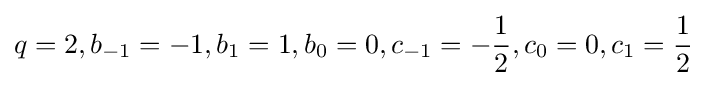
q=2,b_{-1}=-1,b_{1}=1,b_{0}=0,c_{-1}=-{\frac {1}{2}},c_{0}=0,c_{1}={\frac {1}{2}}